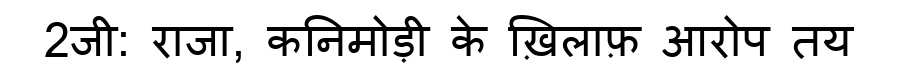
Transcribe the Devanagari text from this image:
2जी: राजा, कनिमोड़ी के ख़िलाफ़ आरोप तय